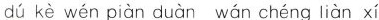
dú kè wén piàn duàn wán chéng liàn xí